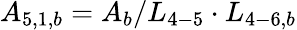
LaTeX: {A_{5,1,b}}={A_{b}}/{L_{4-5}}\cdot{L_{4-6,b}}